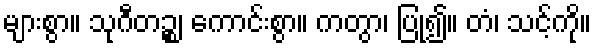
များစွာ။ သုဂီတဉ္စ၊ ကောင်းစွာ။ ကတွာ၊ ပြု၍။ တံ၊ သင့်ကို။